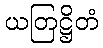
ယတြဋ္ဌိတံ